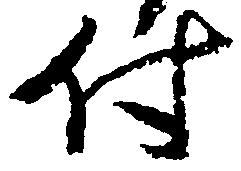
付